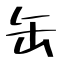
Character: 缶